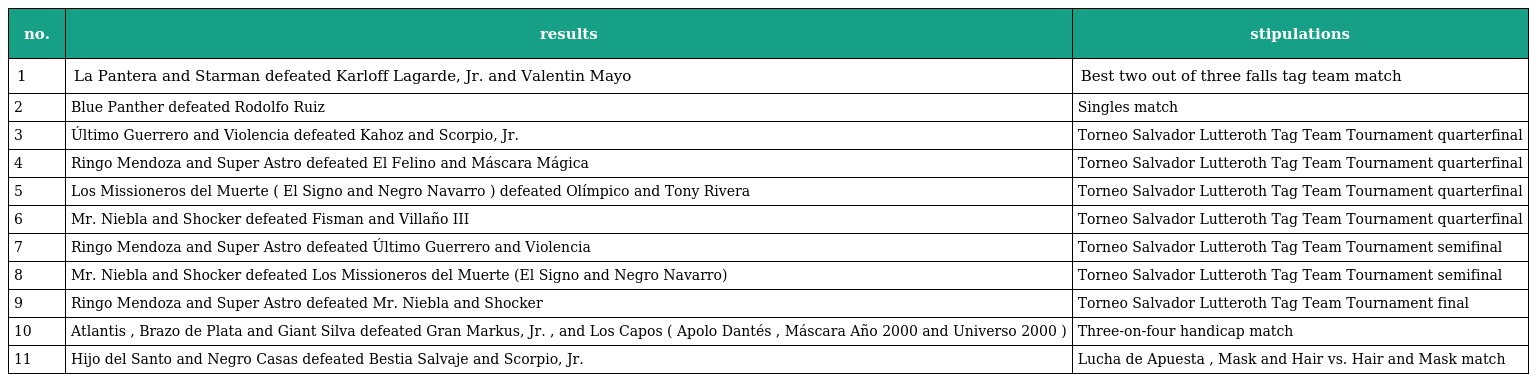
| no. | results | stipulations |
 | --- | --- | --- |
 | 1 | La Pantera and Starman defeated Karloff Lagarde, Jr. and Valentin Mayo | Best two out of three falls tag team match |
 | 2 | Blue Panther defeated Rodolfo Ruiz | Singles match |
 | 3 | Último Guerrero and Violencia defeated Kahoz and Scorpio, Jr. | Torneo Salvador Lutteroth Tag Team Tournament quarterfinal |
 | 4 | Ringo Mendoza and Super Astro defeated El Felino and Máscara Mágica | Torneo Salvador Lutteroth Tag Team Tournament quarterfinal |
 | 5 | Los Missioneros del Muerte ( El Signo and Negro Navarro ) defeated Olímpico and Tony Rivera | Torneo Salvador Lutteroth Tag Team Tournament quarterfinal |
 | 6 | Mr. Niebla and Shocker defeated Fisman and Villaño III | Torneo Salvador Lutteroth Tag Team Tournament quarterfinal |
 | 7 | Ringo Mendoza and Super Astro defeated Último Guerrero and Violencia | Torneo Salvador Lutteroth Tag Team Tournament semifinal |
 | 8 | Mr. Niebla and Shocker defeated Los Missioneros del Muerte (El Signo and Negro Navarro) | Torneo Salvador Lutteroth Tag Team Tournament semifinal |
 | 9 | Ringo Mendoza and Super Astro defeated Mr. Niebla and Shocker | Torneo Salvador Lutteroth Tag Team Tournament final |
 | 10 | Atlantis , Brazo de Plata and Giant Silva defeated Gran Markus, Jr. , and Los Capos ( Apolo Dantés , Máscara Año 2000 and Universo 2000 ) | Three-on-four handicap match |
 | 11 | Hijo del Santo and Negro Casas defeated Bestia Salvaje and Scorpio, Jr. | Lucha de Apuesta , Mask and Hair vs. Hair and Mask match |